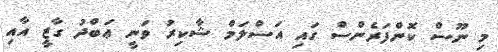
މި ނޫސް ކޮންފަރެންސް ގައި އަސްލަމް ޝާކިރު ވަނީ ޢަބްދު ގާޒީ އާއި